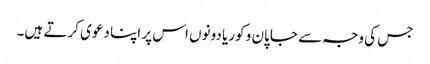
جس کی وجہ سے جاپان و کوریا دونوں اس پر اپنا دعوی کرتے ہیں۔